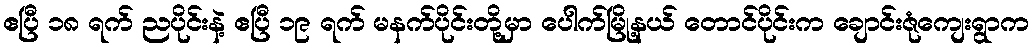
ဧပြီ ၁၈ ရက် ညပိုင်းနဲ့ ဧပြီ ၁၉ ရက် မနက်ပိုင်းတို့မှာ ပေါက်မြို့နယ် တောင်ပိုင်းက ချောင်းဇုံကျေးရွာက